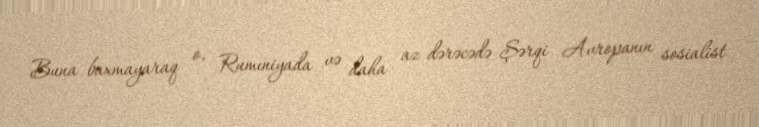
Buna baxmayaraq o, Rumıniyada və daha az dərəcədə Şərqi Avropanın sosialist